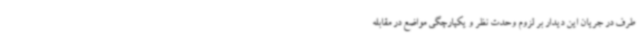
طرف در جریان این دیدار بر لزوم وحدت نظر و یکپارچگی مواضع در مقابله